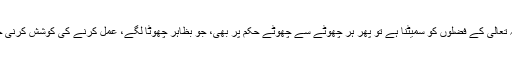
اگر اللہ تعالیٰ کے فضلوں کو سمیٹنا ہے تو پھر ہر چھوٹے سے چھوٹے حکم پر بھی، جو بظاہر چھوٹا لگے، عمل کرنے کی کوشش کرنی چاہئے۔